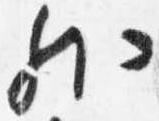
外